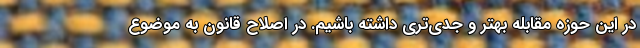
در این حوزه مقابله بهتر و جدی‌تری داشته باشیم. در اصلاح قانون به موضوع